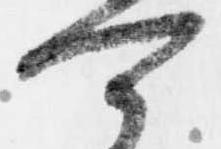
可